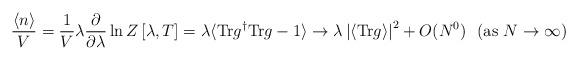
LaTeX: \begin{align*}\frac{\langle n\rangle}{V}=\frac{1}{V}\lambda \frac{\partial }{\partial \lambda }\ln Z\left[\lambda,T\right]=\lambda \langle{\rm Tr} g^{\dagger}{\rm Tr} g-1\rangle\rightarrow \lambda\left|\left<{\rm Tr} g\right>\right|^2 +O(N^0) ~~({\rm as}~N\rightarrow \infty)\end{align*}